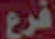
فرع